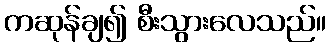
ကဆုန်ချ၍ စီးသွားလေသည်။